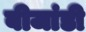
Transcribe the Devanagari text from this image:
बीजांडी